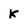
Character: k